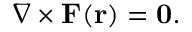
\nabla \times \mathbf { F } ( \mathbf { r } ) = \mathbf { 0 } { \mathrm { . } }